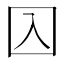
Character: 𡆣